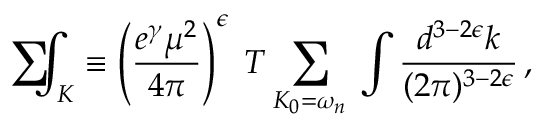
\mathrm { ~ \sum ~ } \! \! \! \! \! \! \int _ { K } \equiv \left( { \frac { e ^ { \gamma } \mu ^ { 2 } } { 4 \pi } } \right) ^ { \epsilon } \; T \sum _ { K _ { 0 } = \omega _ { n } } \: \int { \frac { d ^ { 3 - 2 \epsilon } k } { ( 2 \pi ) ^ { 3 - 2 \epsilon } } } \, ,